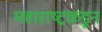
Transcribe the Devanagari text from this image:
महाराष्ट्रकडून